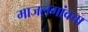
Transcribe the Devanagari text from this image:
माजलगांवचा